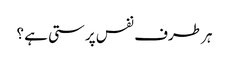
ہر طرف نفس پرستی ہے ؟